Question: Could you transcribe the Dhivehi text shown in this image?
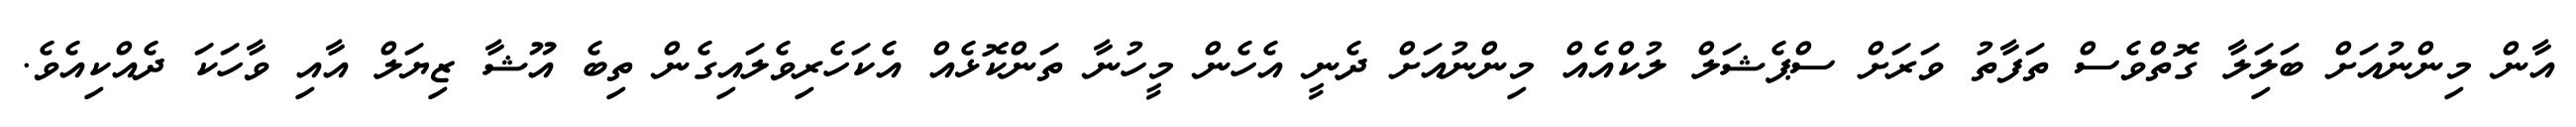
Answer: އާން މިންނުއަށް ބަލަިލާ ގޮތްވެސް ތަފާތު ވަރަށް ސްޕެޝަލް ލުކްއެއް މިންނުއަށް ދެނީ އެހެން މީހުނާ ތަންކޮޅެއް އެކަހެރިވެލައިގެން ތިބެ އޫޝާ ޒިޔަލް އާއި ވާހަކަ ދެއްކިއެވެ.